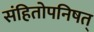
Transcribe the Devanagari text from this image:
संहितोपनिषत्